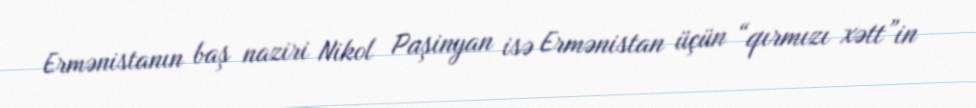
Ermənistanın baş naziri Nikol Paşinyan isə Ermənistan üçün “qırmızı xətt”in